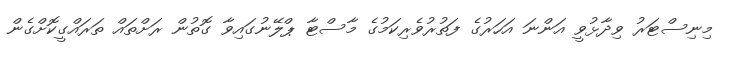
މިނިސްޓަރު ވިދާޅުވީ އަންނަ އަހަރުގެ ފަތުރުވެރިކަމުގެ މާސްޓާ ޕްލޭނުގައިވާ ގޮތުން ރަށްތައް ތަރައްގީކޮށްގެން